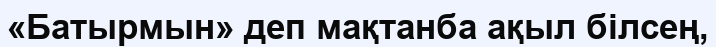
«Батырмын» деп мақтанба ақыл білсең,